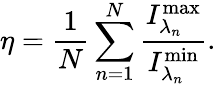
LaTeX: \eta=\frac{1}{N}\sum_{n=1}^{N}\frac{I_{\lambda_{n}}^{\mathrm{max}}}{I_{\lambda_{n}}^{\mathrm{min}}}.